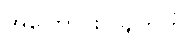
အကြောင်းပြချက်ကို